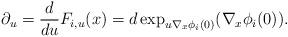
LaTeX: \begin{align*} \partial_u = \frac{d}{du} F_{i,u}(x) =d\exp_{u \nabla_x \phi_i(0)} (\nabla_x \phi_i(0)).\end{align*}